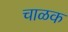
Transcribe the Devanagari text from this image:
चाळक